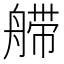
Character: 𰰏